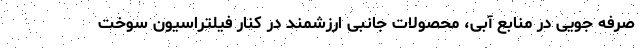
صرفه جویی در منابع آبی، محصولات جانبی ارزشمند در کنار فیلتراسیون سوخت